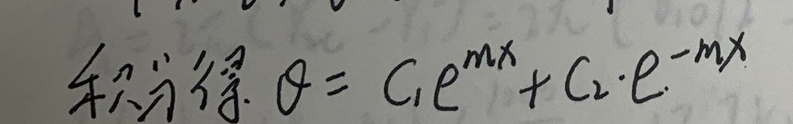
积分得：$ \theta = C_1e^{mx}+C_2e^{-mx}$